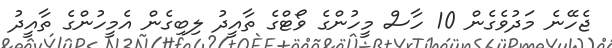
ޖެހޭނެ މަދުވެގެން 10 ހާސް މީހުންގެ ވޯޓްގެ ތާއީދު ލިބިގެން އެމީހުންގެ ތާއީދު